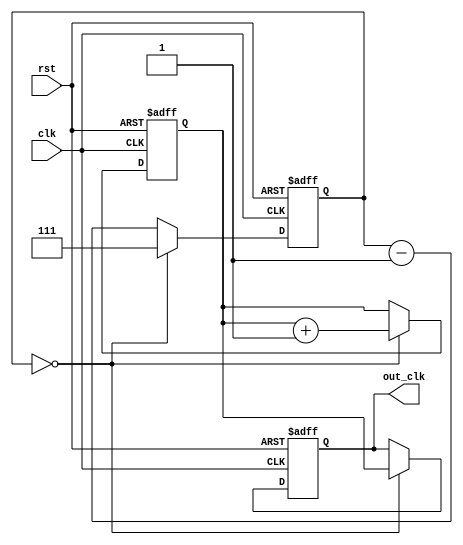
module multi_phase_clock_divider (
    input clk,
    input rst,
    output reg [3:0] out_clk
);

reg [3:0] phase_sel;
reg [2:0] divider;

always @ (posedge clk or posedge rst) begin
    if (rst) begin
        phase_sel <= 4'b0000;
        divider <= 3'b000;
        out_clk <= 4'b0000;
    end else begin
        if (divider == 3'b000) begin
            divider <= 3'b111;
            phase_sel <= phase_sel + 1;
            out_clk <= phase_sel;
        end else begin
            divider <= divider - 1;
        end
    end
end

endmodule